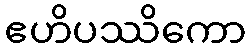
ဧဟိပဿိကော